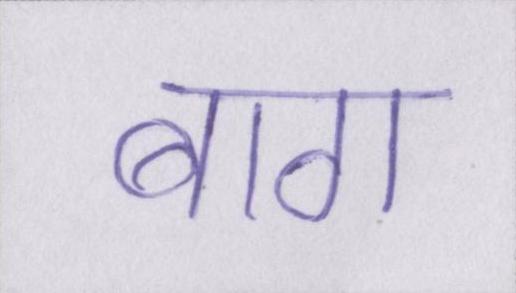
बाग